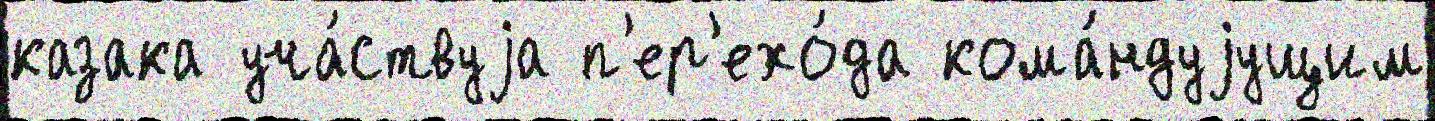
казака уча́ствуjа п'ер'ехо́да кома́ндуjущим